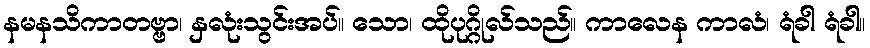
နမနသိကာတဗ္ဗာ၊ နှလုံးသွင်းအပ်။ သော၊ ထိုပုဂ္ဂိုလ်သည်။ ကာလေန ကာလံ၊ ရံခါ ရံခါ။